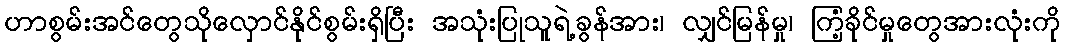
ဟာစွမ်းအင်တွေသိုလှောင်နိုင်စွမ်းရှိပြီး အသုံးပြုသူရဲ့ခွန်အား၊ လျှင်မြန်မှု၊ ကြံ့ခိုင်မှုတွေအားလုံးကို